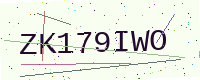
Text: ZK179IWO